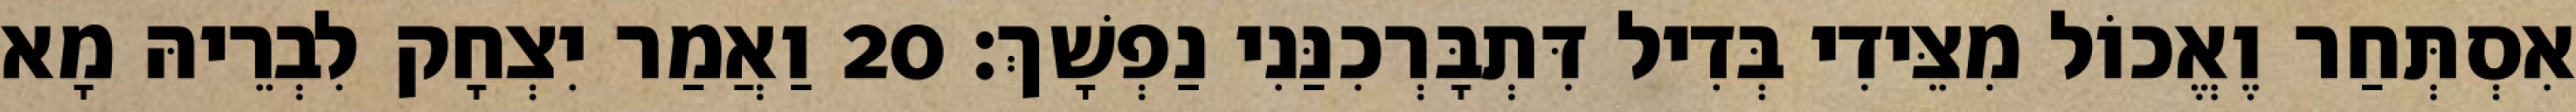
אִסְתְּחַר וֶאֱכוֹל מִצֵּידִי בְּדִיל דִּתְבָּרְכִנַּנִי נַפְשָׁךְ׃ 20 וַאֲמַר יִצְחָק לִבְרֵיהּ מָא